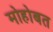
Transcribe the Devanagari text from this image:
मोहोबत